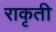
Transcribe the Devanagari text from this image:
राकृती